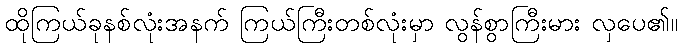
ထိုကြယ်ခုနစ်လုံးအနက် ကြယ်ကြီးတစ်လုံးမှာ လွန်စွာကြီးမား လှပေ၏။